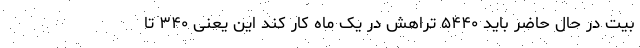
بیت در حال حاضر باید ۵۴۴۰ تراهش در یک ماه کار کند این یعنی ۳۴۰ تا